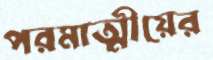
পরমাত্মীয়ের